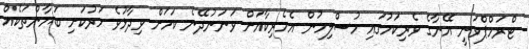
ޓްރަމްޕްވަނީ އޭނާގެ ވެރިކަމުގައި މުސްލިމުން އެމެރިކާއަށް ވަނަނުދޭނެ ކަމަށް ވިދާޅުވެ ހަރުކަށި ބަޔާންތަކެއް